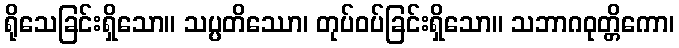
ရိုသေခြင်းရှိသော။ သပ္ပတိဿော၊ တုပ်ဝပ်ခြင်းရှိသော။ သဘာဂဝုတ္တိကော၊